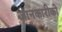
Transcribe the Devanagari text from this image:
जानकारीको